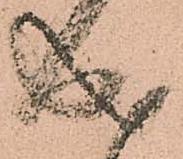
成